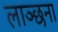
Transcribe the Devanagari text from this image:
लाञ्छना